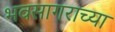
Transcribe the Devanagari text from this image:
भवसागराच्या